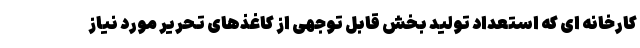
کارخانه ای که استعداد تولید بخش قابل توجهی از کاغذهای تحریر مورد نیاز